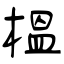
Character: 榅